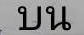
บน